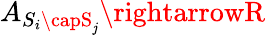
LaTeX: A_{S_{i}\capS_{\mathit{j}}}\rightarrowR